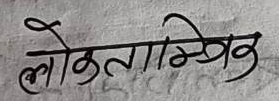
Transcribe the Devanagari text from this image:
लोकतान्त्रिक